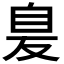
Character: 𦤁